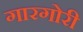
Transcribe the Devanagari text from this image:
गारगोरी